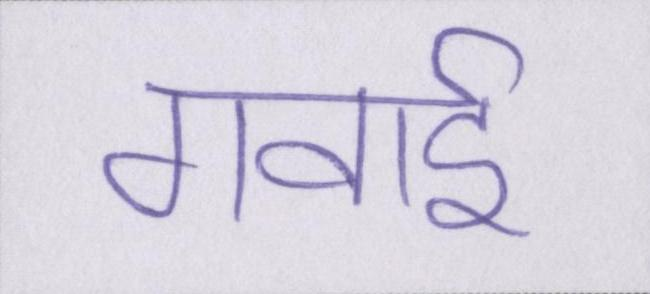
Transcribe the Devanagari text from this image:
गवाई